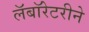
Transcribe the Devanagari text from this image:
लॅबॉरेटरीने